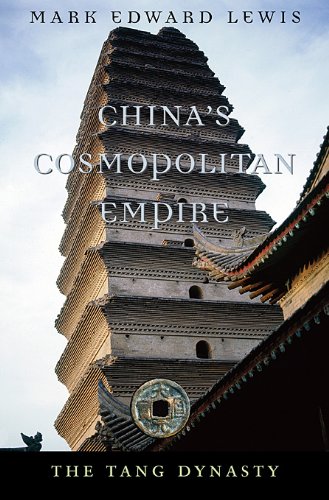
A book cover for China's Cosmopolitan Empire: The Tang Dynasty (History of Imperial China); Mark Edward Lewis; Religion & Spirituality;